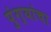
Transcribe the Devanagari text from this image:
पुंग्यांचा